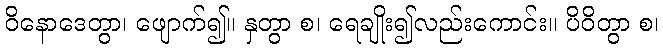
ဝိနောဒေတွာ၊ ဖျောက်၍။ နှတွာ စ၊ ရေချိုး၍လည်းကောင်း။ ပိဝိတွာ စ၊